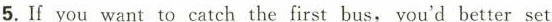
5.If you want to catch the first bus, you'd better set